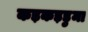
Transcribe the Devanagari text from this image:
कड़कड़डुमा